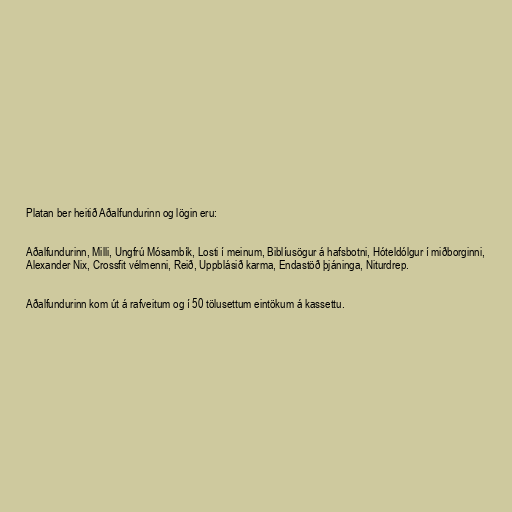
Platan ber heitið Aðalfundurinn og lögin eru:

Aðalfundurinn, Milli, Ungfrú Mósambík, Losti í meinum, Biblíusögur á hafsbotni, Hóteldólgur í miðborginni,
Alexander Nix, Crossfit vélmenni, Reið, Uppblásið karma, Endastöð þjáninga, Niturdrep.

Aðalfundurinn kom út á rafveitum og í 50 tölusettum eintökum á kassettu.